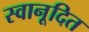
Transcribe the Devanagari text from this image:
स्वानूदित